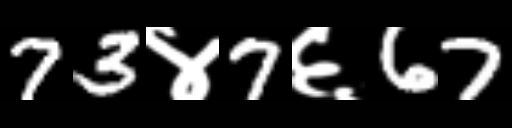
Text: 73४7६67